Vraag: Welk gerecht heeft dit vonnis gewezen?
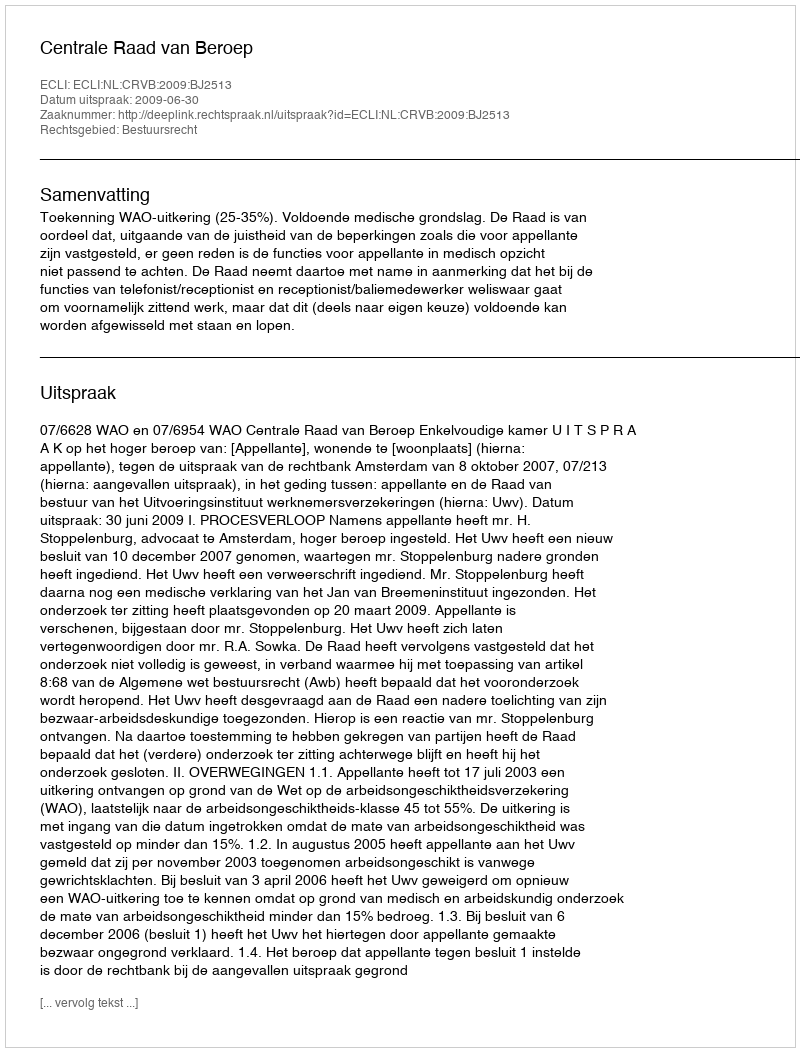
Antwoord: Centrale Raad van Beroep